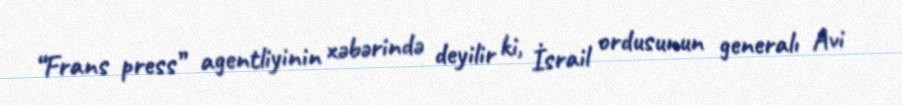
“Frans press” agentliyinin xəbərində deyilir ki, İsrail ordusunun generalı Avi